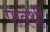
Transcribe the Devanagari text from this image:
पार्वथी